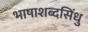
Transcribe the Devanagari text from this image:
भाषाशब्दसिंधु